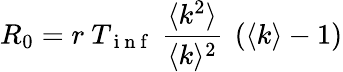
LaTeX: R_{0}=r\ T_{\mathrm{~i~n~f~}}\ \frac{\langle k^{2}\rangle}{\langle k\rangle^{2}}\ \left(\langle k\rangle-1\right)